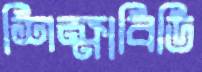
শিক্ষাবিডি